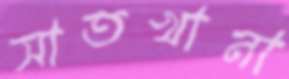
সাতখানা